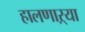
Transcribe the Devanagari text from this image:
हालणाऱ्या